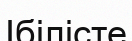
Ібілісте